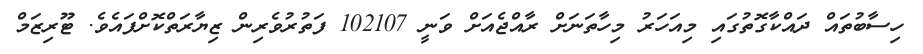
ހިސާބުތައް ދައްކާގޮތުގައި މިއަހަރު މިހާތަނަށް ރާއްޖެއަށް ވަނީ 102107 ފަތުރުވެރިން ޒިޔާރަތްކޮށްފައެވެ. ޓޫރިޒަމް